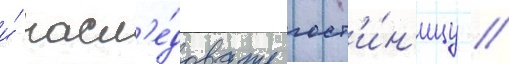
и́ насл'е́довать гост'и́н'ицу //